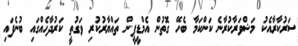
ސަރުކާރާއެކު މަޝްވަރާކުރާނެ ކަންކަމާ ބެހޭ ގޮތުން އެމްޑީޕީން ތައްޔާރުކުރި ވަގުތީ ކަރުދާހެއްގައި ބުނެފައި